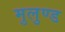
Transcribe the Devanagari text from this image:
मुलुण्ड